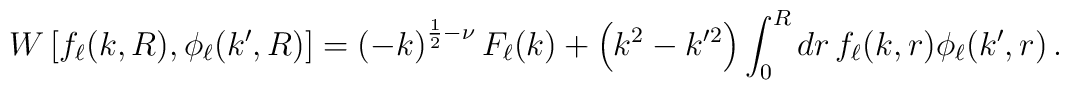
W\left[f_\ell(k,R),\phi_\ell(k^\prime,R)\right] =\left(-k\right)^{\frac{1}{2}-\nu} F_\ell(k)+\left(k^2-k^{\prime2}\right)\int_0^R dr\, f_\ell(k,r)\phi_\ell(k^\prime,r)\,.